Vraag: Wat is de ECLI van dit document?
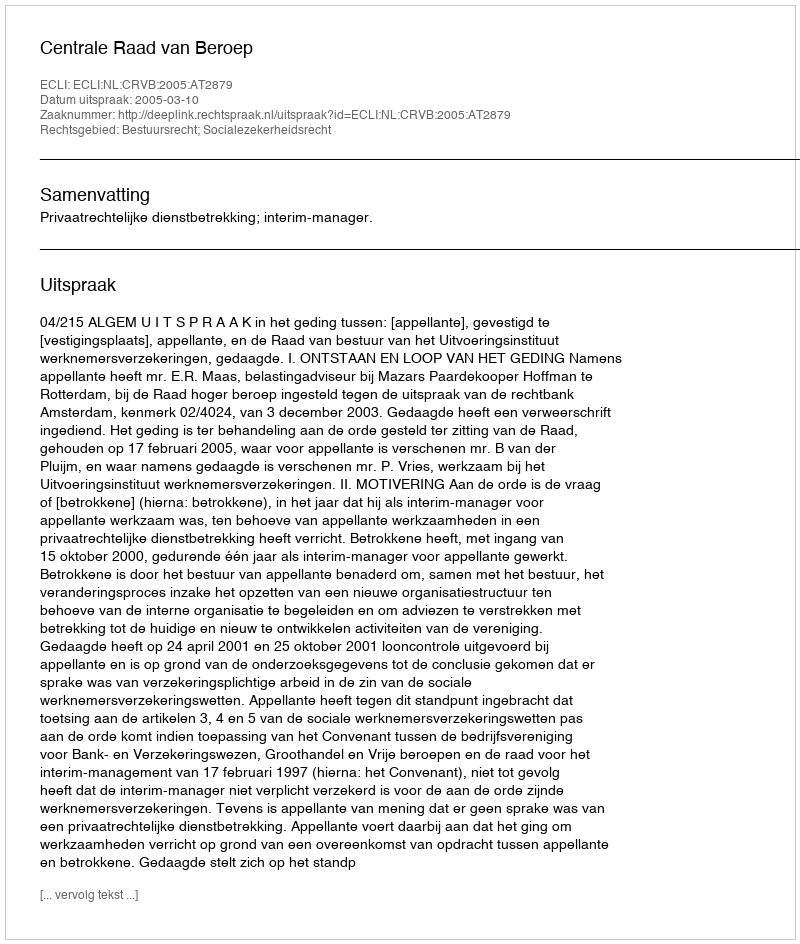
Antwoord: ECLI:NL:CRVB:2005:AT2879